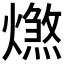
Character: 𤐑